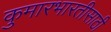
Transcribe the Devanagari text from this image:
कुमारभारतीसाठी